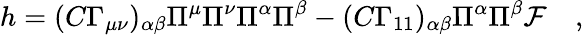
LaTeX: h=(C\Gamma_{\mu\nu})_{\alpha\beta}\Pi^{\mu}\Pi^{\nu}\Pi^{\alpha}\Pi^{\beta}-(C\Gamma_{11})_{\alpha\beta}\Pi^{\alpha}\Pi^{\beta}{\cal F}\quad,